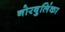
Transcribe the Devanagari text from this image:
नोरबुलिंका